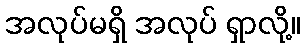
အလုပ်မရှိ အလုပ် ရှာလို့။